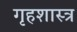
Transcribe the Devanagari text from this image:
गृहशास्त्र